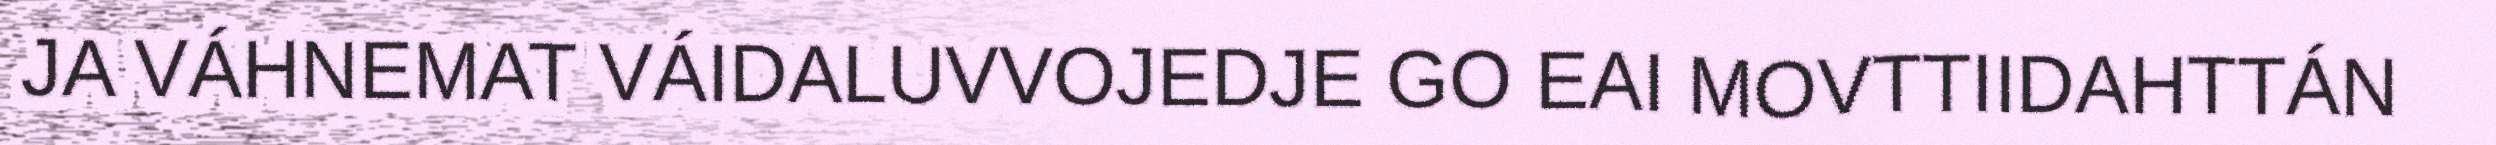
JA VÁHNEMAT VÁIDALUVVOJEDJE GO EAI MOVTTIIDAHTTÁN